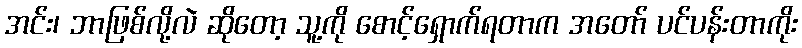
အင်း၊ ဘာဖြစ်လို့လဲ ဆိုတော့ သူ့ကို စောင့်ရှောက်ရတာက အတော် ပင်ပန်းတာကိုး